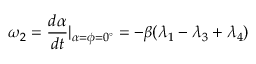
\omega _ { 2 } = \frac { d \alpha } { d t } | _ { \alpha = \phi = 0 ^ { \circ } } = - \beta ( \lambda _ { 1 } - \lambda _ { 3 } + \lambda _ { 4 } )